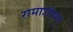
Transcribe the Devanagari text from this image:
रामाशीषन